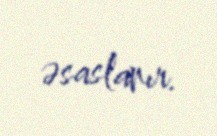
əsaslanır.